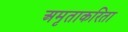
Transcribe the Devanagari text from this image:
अमृताकरिता